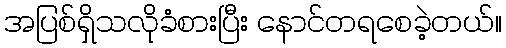
အပြစ်ရှိသလိုခံစားပြီး နောင်တရစေခဲ့တယ်။